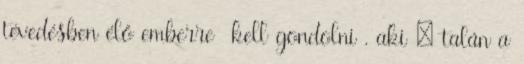
tévedésben élő emberre kell gondolni , aki – talán a